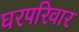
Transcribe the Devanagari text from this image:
घरपरिवार